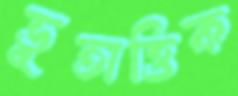
ভূতাত্তিক